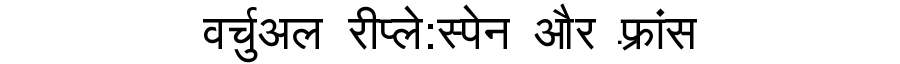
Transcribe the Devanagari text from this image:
वर्चुअल रीप्ले:स्पेन और फ़्रांस